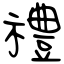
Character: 禮